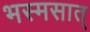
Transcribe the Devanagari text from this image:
भस्मसात्‌